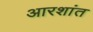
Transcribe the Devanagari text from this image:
आरशांत